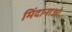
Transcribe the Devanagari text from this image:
मिंदानाओ